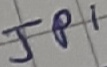
Text: JP1